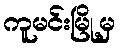
ကူမင်းမြို့မှ